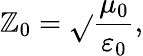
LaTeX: \mathbb{Z}_{0}={\sqrt{}{{\frac{{\mu_{0}}}{{\varepsilon_{0}}}}}},